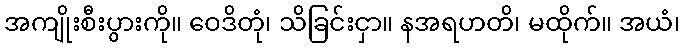
အကျိုးစီးပွားကို။ ဝေဒိတုံ၊ သိခြင်းငှာ။ နအရဟတိ၊ မထိုက်။ အယံ၊